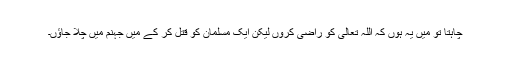
چاہتا تو مَیں یہ ہوں کہ اللہ تعالیٰ کو راضی کروں لیکن ایک مسلمان کو قتل کر کے مَیں جہنم میں چلا جاؤں۔